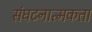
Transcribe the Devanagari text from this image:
संघटनात्मकता